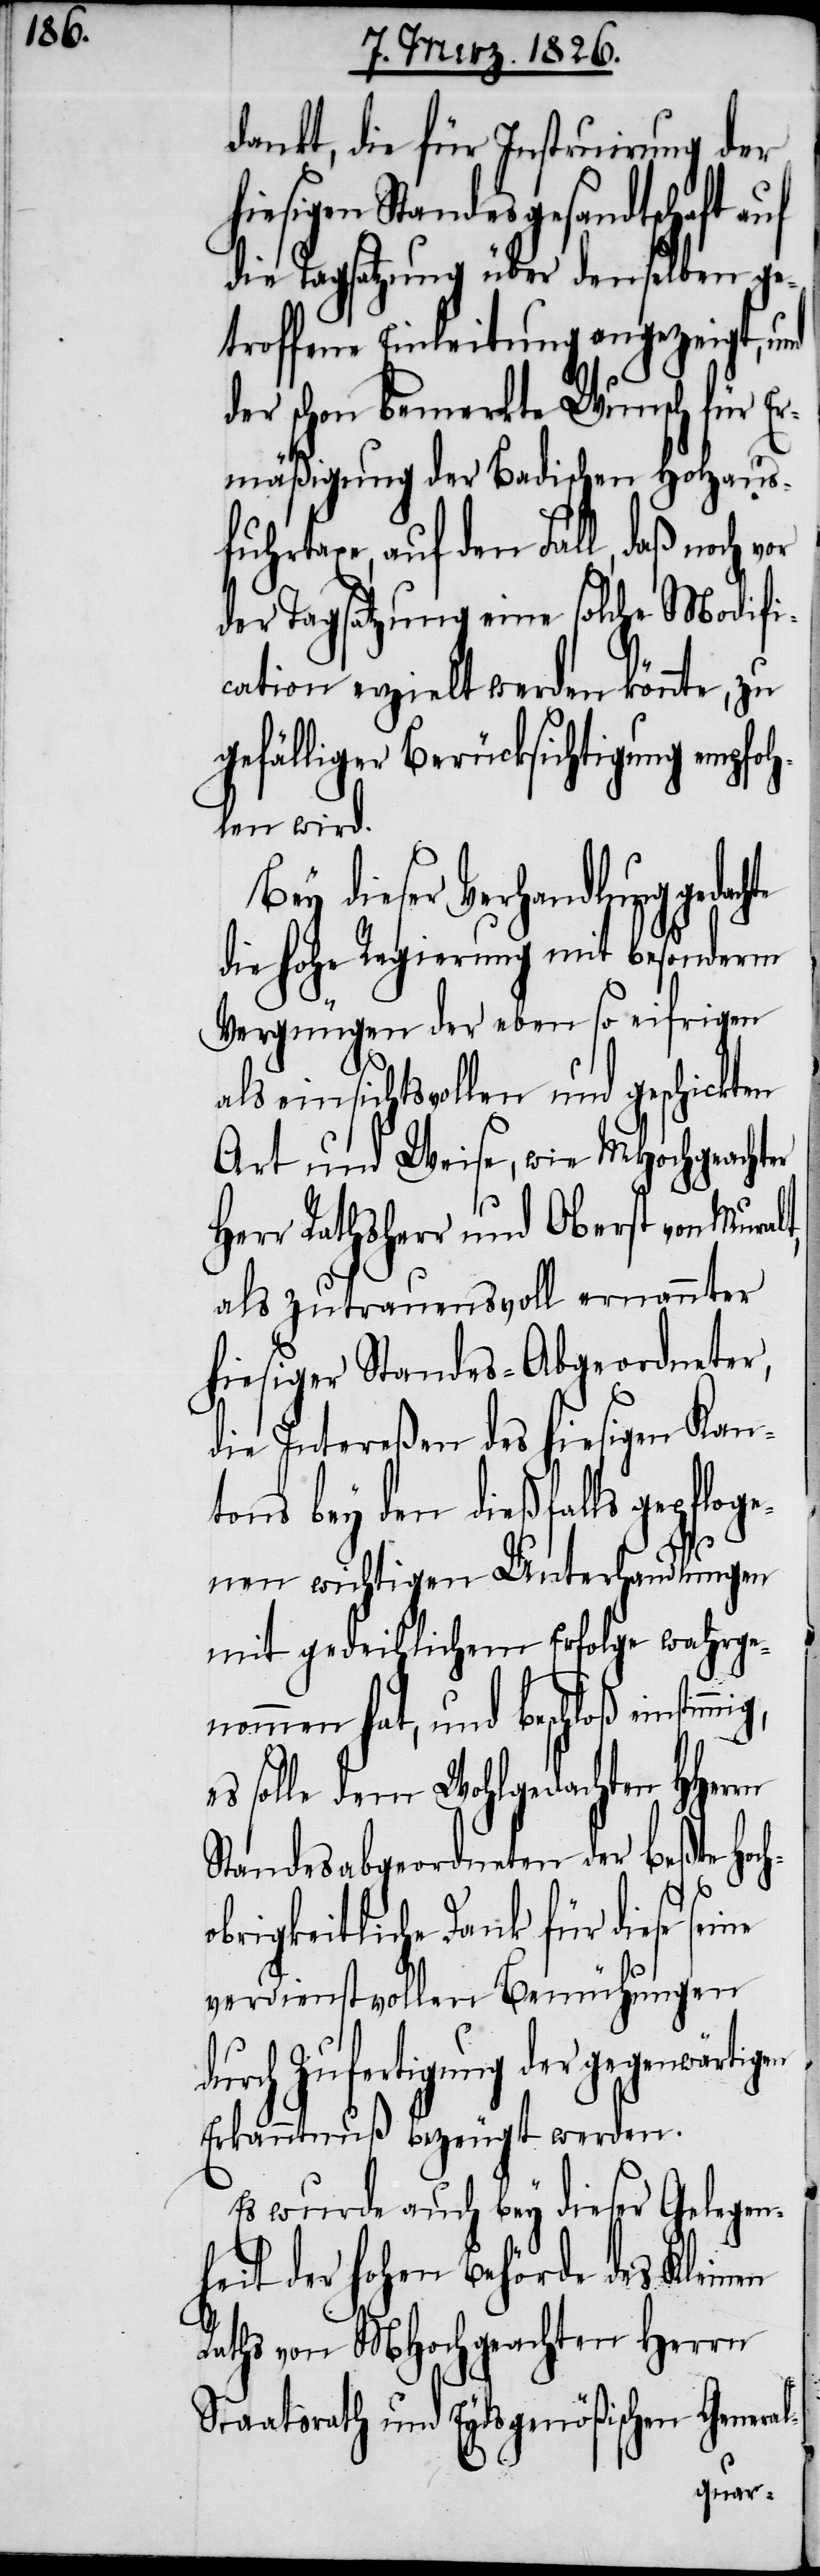
dankt, die für Instruirung der
le dem Wohlgedachten
die Tagsatzung über denselben ge¬
troffene Einleitung angezeigt,
der schon bemerkte Wunsch für
Ermäßigung der Badischen Holzaus¬
fuhrtaxe, auf den Fall, daß noch
der Tagsatzung eine solche Modifi¬
cation erzielt werden könnte, zu
gefälliger Berücksichtigung empf¬
len wird.
Bey dieser Verhandlung
die hohe Regierung mit besonderm
Vergnügen der ebenso eifrigen
als einsichtsvollen und geschickten
Art und Weise, wie MHochgeach¬
Herr Rathsherr und Obe¬
als zutrauensvoll ernann¬
hiesiger Standes-Abg¬
die Intereßen des hie¬
tons bey den dießfalls gepflo¬
ge¬
nen wichtigen Unt¬
mit gedeihlichem Erfolge
Hoch¬
Standesabgeordneten der beßte
obrigkeitliche Dank für diese
verdienstvollen Bemühungen
durch Zufertigung der gegenwärtigen
Erkanntnuß bezeugt werden.
Es wurde auch bey dieser Gelegen¬
heit der hohen Behörde des Kleinen
Raths von MHochgeachten Herrn
Staatsrath und Eydsgenößischen General-